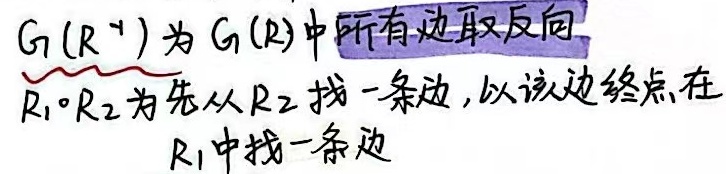
\(G(R^{-1})\) 为 \(G(R)\) 中所有边取反向。
\(R_1 \circ R_2\) 为先从 \(R_2\) 找一条边，以该边终点在 \(R_1\) 中找一条边。